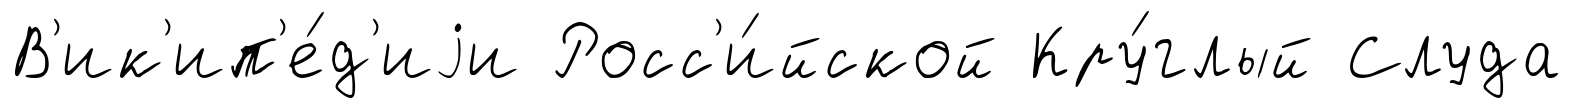
В'ик'ип'е́д'иjи Росс'и́йской Кру́глый Слуда